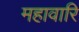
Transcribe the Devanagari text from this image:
महावारि